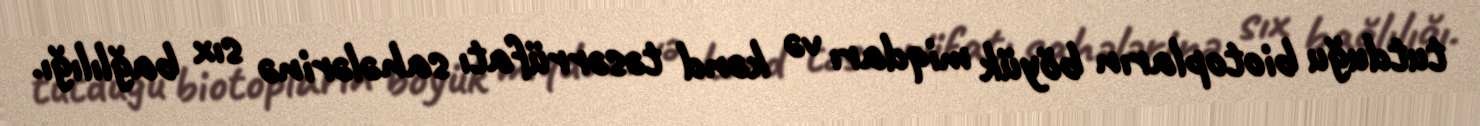
tutduğu biotopların böyük miqdarı və kənd təsərrüfatı sahələrinə sıx bağlılığı.